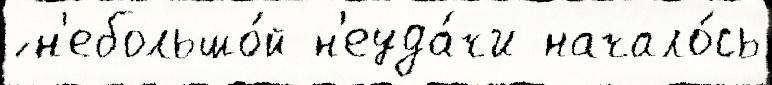
́ н'ебольшо́й н'еуда́чи начало́сь